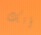
أنك